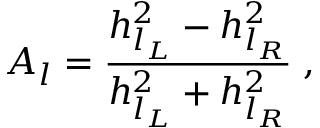
A _ { l } = \frac { h _ { l _ { L } } ^ { 2 } - h _ { l _ { R } } ^ { 2 } } { h _ { l _ { L } } ^ { 2 } + h _ { l _ { R } } ^ { 2 } } \; ,